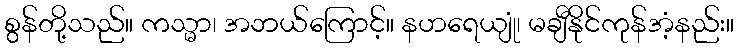
စွန်တို့သည်။ ကသ္မာ၊ အဘယ်ကြောင့်။ နဟရေယျုံ၊ မချီနိုင်ကုန်အံ့နည်း။